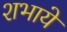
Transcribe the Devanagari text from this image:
शभाये